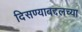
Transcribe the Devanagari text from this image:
दिसण्याबद्दलच्या